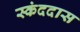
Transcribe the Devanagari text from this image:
स्कंददास